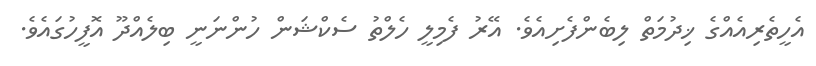
އެހީތެރިއެއްގެ ޚިދުމަތް ލިބެންފެށިއެވެ. އޭރު ފެމިލީ ހެލްތު ސެކްޝަން ހުންނަނީ ބިލެއްދޫ އޮފީހުގައެވެ.